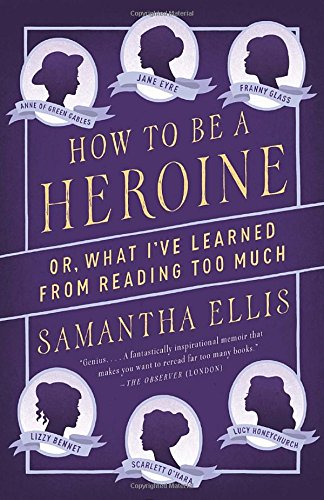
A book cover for How to Be a Heroine: Or, What I've Learned from Reading too Much (Vintage Originals); Samantha Ellis; Humor & Entertainment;